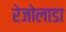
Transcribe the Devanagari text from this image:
रेजोलाडा